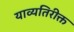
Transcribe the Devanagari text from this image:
याव्यतिरीक्त